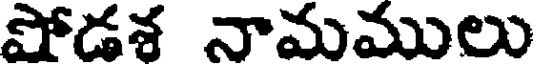
షోడశ నామములు